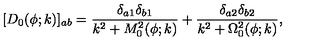
[ D _ { 0 } ( \phi ; k ) ] _ { a b } = { \frac { \delta _ { a 1 } \delta _ { b 1 } } { k ^ { 2 } + M _ { 0 } ^ { 2 } ( \phi ; k ) } } + { \frac { \delta _ { a 2 } \delta _ { b 2 } } { k ^ { 2 } + \Omega _ { 0 } ^ { 2 } ( \phi ; k ) } } ,